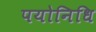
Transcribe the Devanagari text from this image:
पयोनिधि